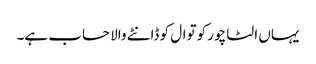
یہاں الٹا چور کوتوال کو ڈانٹے والا حساب ہے۔